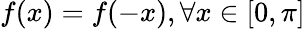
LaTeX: f(x)=f(-x),\forall x\in[0,\pi]